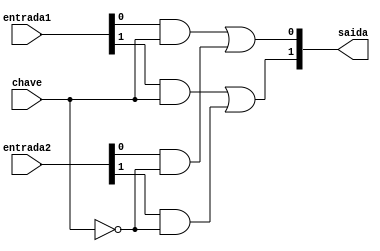
// ------------------------- 
// Exemplo0032 - F4 
// Nome: Ana Cristina Pereira Teixeira
// -------------------------

// -------------------------
// --- selecionador
// -------------------------
module selecionador (output [1:0]saida, input [1:0]entrada1, input [1:0]entrada2, input chave);
	wire [3:0] s1;
	wire saida_not;
	
	not NOT1(saida_not, chave);
	
	and AND1(s1[0], entrada1[0], chave);
	and AND2(s1[1], entrada1[1], chave);
	
	and AND3(s1[2], entrada2[0], saida_not);
	and AND4(s1[3], entrada2[1], saida_not);
	
	or OR1(saida[0], s1[0], s1[2]);
	or OR2(saida[1], s1[1], s1[3]);
	
endmodule // -- selecionador

// -------------------------
// --- f4_gate
// -------------------------
module f4 (output [1:0]s, input [1:0]a, input [1:0]b, input f);
	wire [1:0] saida_and;
	wire [1:0] saida_or;
	
	and AND1(saida_and[0], a[0], b[0]);
	and AND2(saida_and[1], a[1], b[1]);
	
	or OR1(saida_or[0], a[0], b[0]);
	or OR2(saida_or[1], a[1], b[1]);
	
	selecionador SEL1 (s, saida_and, saida_or, f);
	
endmodule // -- f4

// -------------------------
// --- modulo de teste
// -------------------------
module test_f4;
	
	reg  [1:0] x;
	reg  [1:0] y;
	reg  f;
	wire [1:0] z;
	
	f4 modulo (z, x, y, f);
	
	// -- parte principal
	initial begin
	
	$display("Exemplo0032 - Ana Cristina Pereira Teixeira - 427385");
	$display("Test LU's module");
	$display("Legenda da chave: O-OR 1-AND \n");
	
	#1 x = 2'b01; y = 2'b10; f = 0;
	
	$monitor("Flag = %1b\t x = %2b\t y = %2b\t Saida = %3b", f, x, y, z);
	#1 x = 2'b01; y = 2'b10; f = 1;
	
	#1 x = 2'b11; y = 2'b00; f = 0;
	#1 x = 2'b11; y = 2'b00; f = 1;
	
	#1 x = 2'b10; y = 2'b10; f = 0;
	#1 x = 2'b10; y = 2'b10; f = 1;
	
	#1 x = 2'b01; y = 2'b00; f = 0;
	#1 x = 2'b01; y = 2'b00; f = 1;
	
	end
endmodule // -- test_f4
// ------------------------- previsao de testes
// -- Flag = 0	 x = 01	 y = 10	 Saida =  11
// -- Flag = 1	 x = 01	 y = 10	 Saida =  00
// -- Flag = 0	 x = 11	 y = 00	 Saida =  11
// -- Flag = 1	 x = 11	 y = 00	 Saida =  00
// -- Flag = 0	 x = 10	 y = 10	 Saida =  10
// -- Flag = 1	 x = 10	 y = 10	 Saida =  10
// -- Flag = 0	 x = 01	 y = 00	 Saida =  01
// -- Flag = 1	 x = 01	 y = 00	 Saida =  00